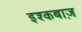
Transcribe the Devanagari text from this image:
इश्कबाज़